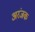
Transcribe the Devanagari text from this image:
अरंजक